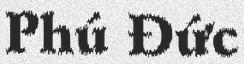
Phú Đức